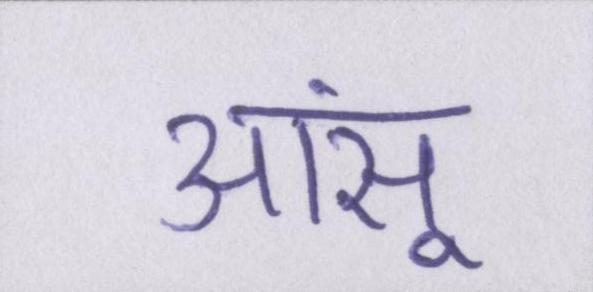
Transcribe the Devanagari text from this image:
आंसू